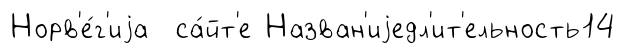
Норв'е́г'иjа са́йт'е Назван'иjедл'ит'ельность14